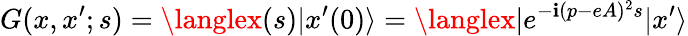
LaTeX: G(x,x^{\prime};s)=\langlex(s)|x^{\prime}(0)\rangle=\langlex|e^{-\mathbf{i}(p-eA)^{2}s}|x^{\prime}\rangle